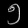
Digit: ၅